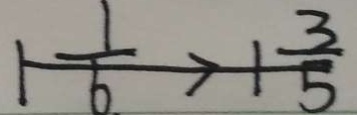
1 \frac { 1 } { 6 } > 1 \frac { 3 } { 5 }